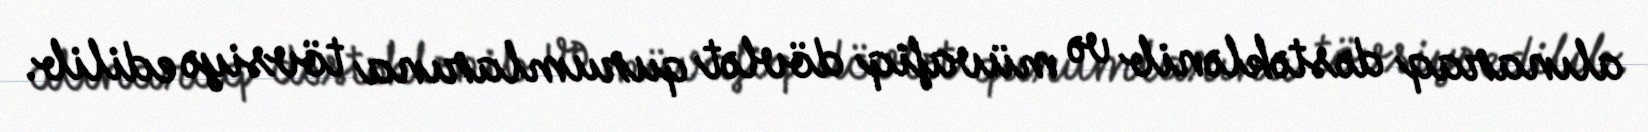
alınaraq dəstəklənib və müvafiq dövlət qurumlarına tövsiyə edilib.